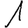
Digit: 1